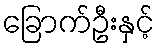
ခြောက်ဦးနှင့်